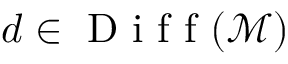
d \in \mathrm { ~ D ~ i ~ f ~ f ~ } ( \mathcal { M } )